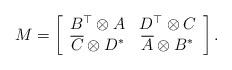
LaTeX: \begin{align*}M=\left[\begin{array}{cc}B^\top\otimes A&D^\top\otimes C\\\overline C\otimes D^*&\overline A\otimes B^*\end{array}\right].\end{align*}